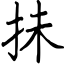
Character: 抺